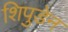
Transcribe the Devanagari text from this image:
शिपुडेन